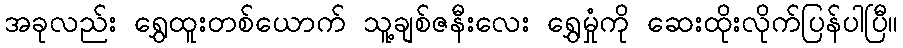
အခုလည်း ရွှေထူးတစ်ယောက် သူ့ချစ်ဇနီးလေး ရွှေမှုံကို ဆေးထိုးလိုက်ပြန်ပါပြီ။